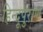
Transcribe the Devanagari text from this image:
हिन्दूपुराण